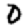
Digit: 0